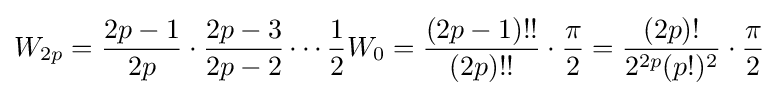
W_{2p}={\frac {2p-1}{2p}}\cdot {\frac {2p-3}{2p-2}}\cdots {\frac {1}{2}}W_{0}={\frac {(2p-1)!!}{(2p)!!}}\cdot {\frac {\pi }{2}}={\frac {(2p)!}{2^{2p}(p!)^{2}}}\cdot {\frac {\pi }{2}}